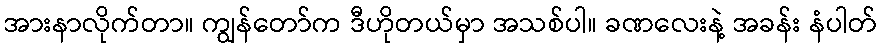
အားနာလိုက်တာ။ ကျွန်တော်က ဒီဟိုတယ်မှာ အသစ်ပါ။ ခဏလေးနဲ့ အခန်း နံပါတ်